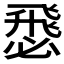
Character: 𢞵